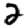
Digit: 2